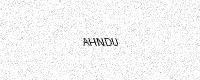
Text: AHNDU